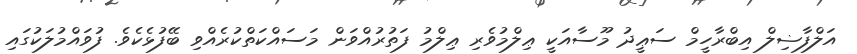
އަލްފާޟިލް އިބްރާހީމް ސަޢީދު މޫސާއަކީ ޢިލްމުވެރި ޢިލްމު ފަތުރުއްވަން މަސައްކަތްކުރެއްވި ބޭފުޅެކެވެ. ފުވައްމުލަކުގައި